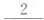
\underline{2}